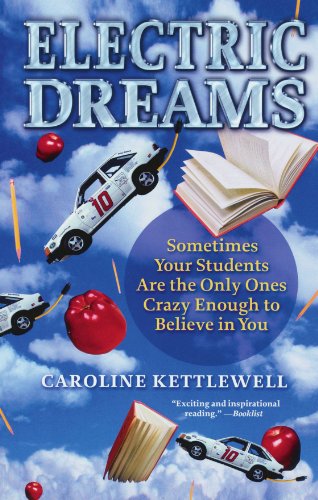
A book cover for Electric Dreams; Caroline Kettlewell; Engineering & Transportation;